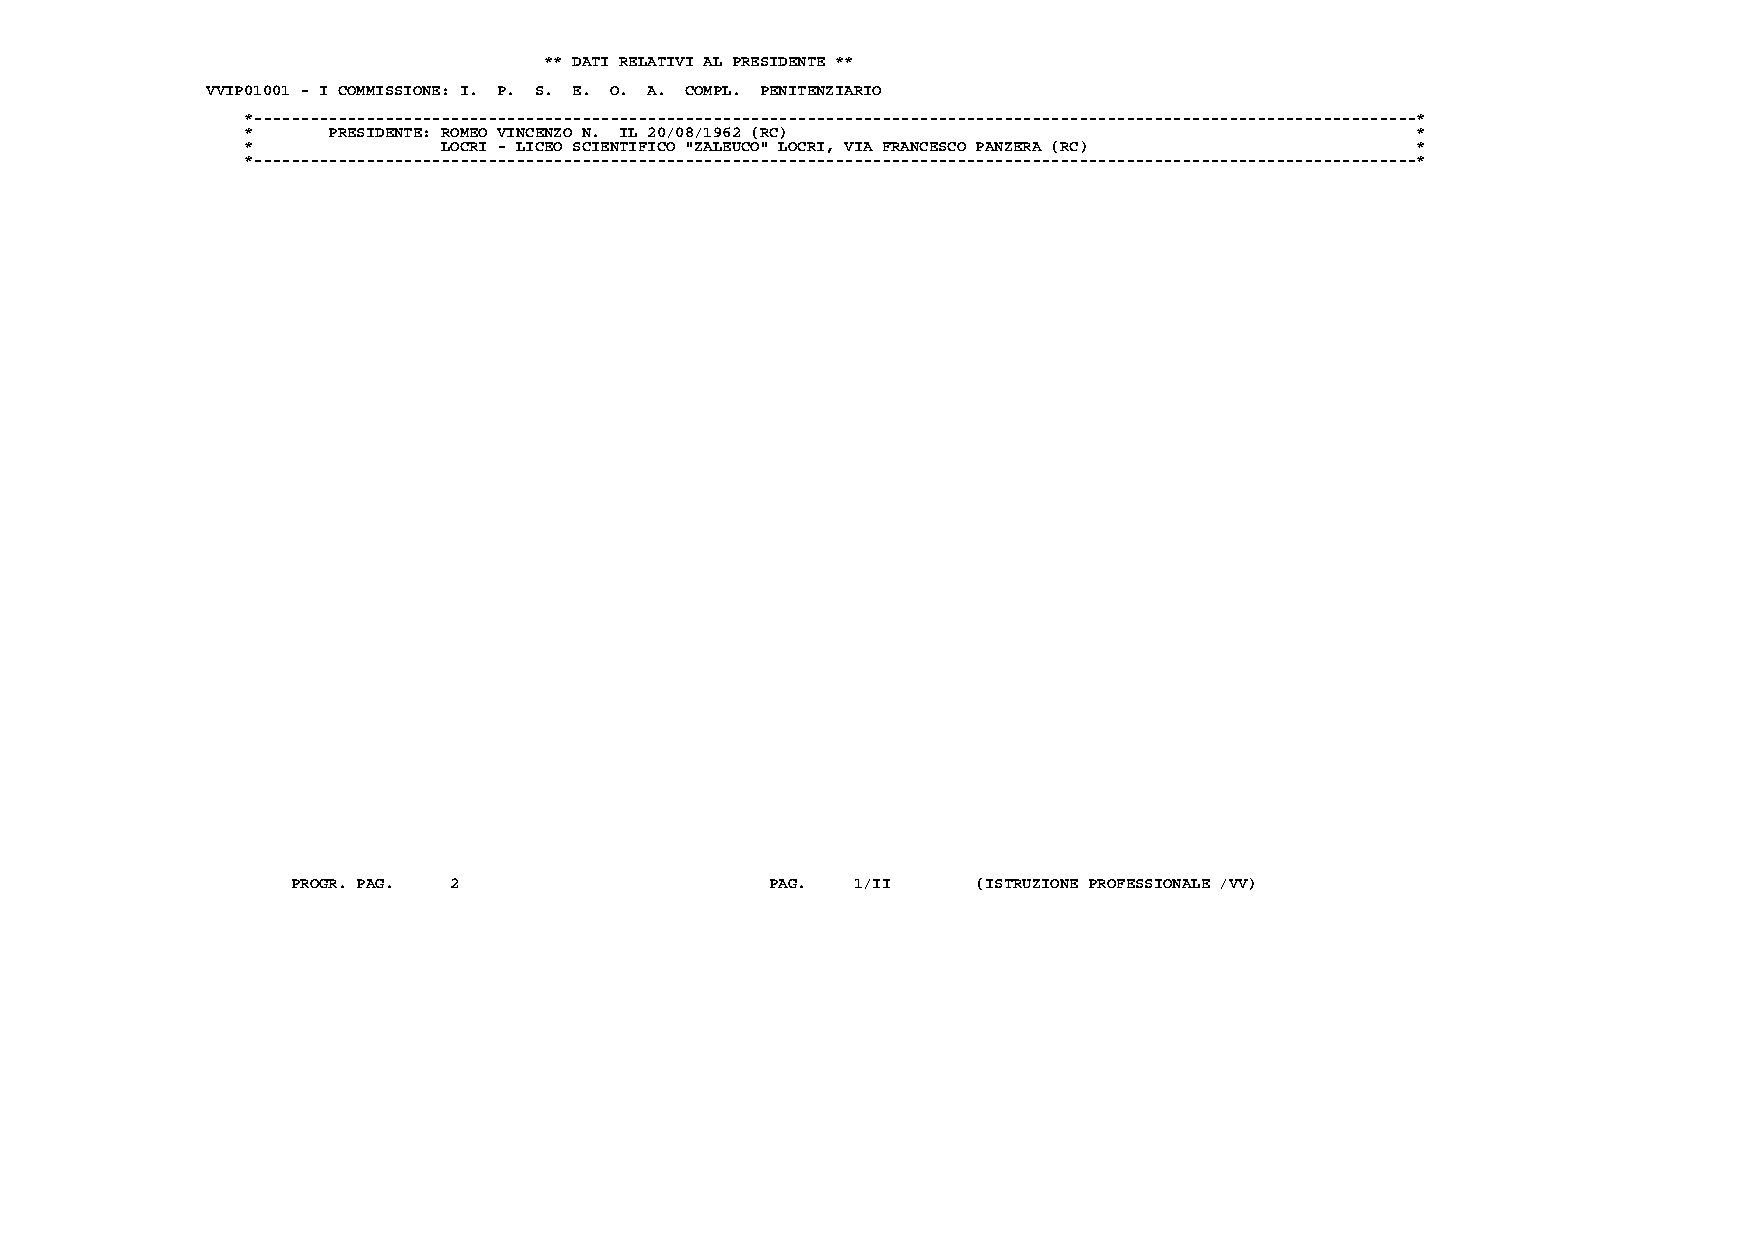
** DATI RELATIVI AL PRESIDENTE **
 VVIP01001 - I COMMISSIONE: I. P. S. E. O. A. COMPL. PENITENZIARIO
 *----------------------------------------------------------------------------------------------------------------------------*
 *     PRESIDENTE: ROMEO VINCENZO N. IL 20/08/1962 (RC)                        *
 *            LOCRI - LICEO SCIENTIFICO "ZALEUCO" LOCRI, VIA FRANCESCO PANZERA (RC) *
 *----------------------------------------------------------------------------------------------------------------------------*
 PROGR. PAG. 2                   PAG. 1/II     (ISTRUZIONE PROFESSIONALE /VV)